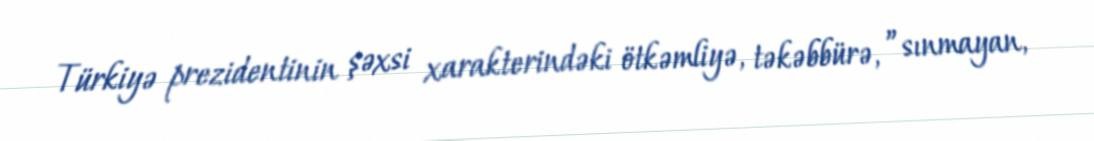
Türkiyə prezidentinin şəxsi xarakterindəki ötkəmliyə, təkəbbürə, ”sınmayan,